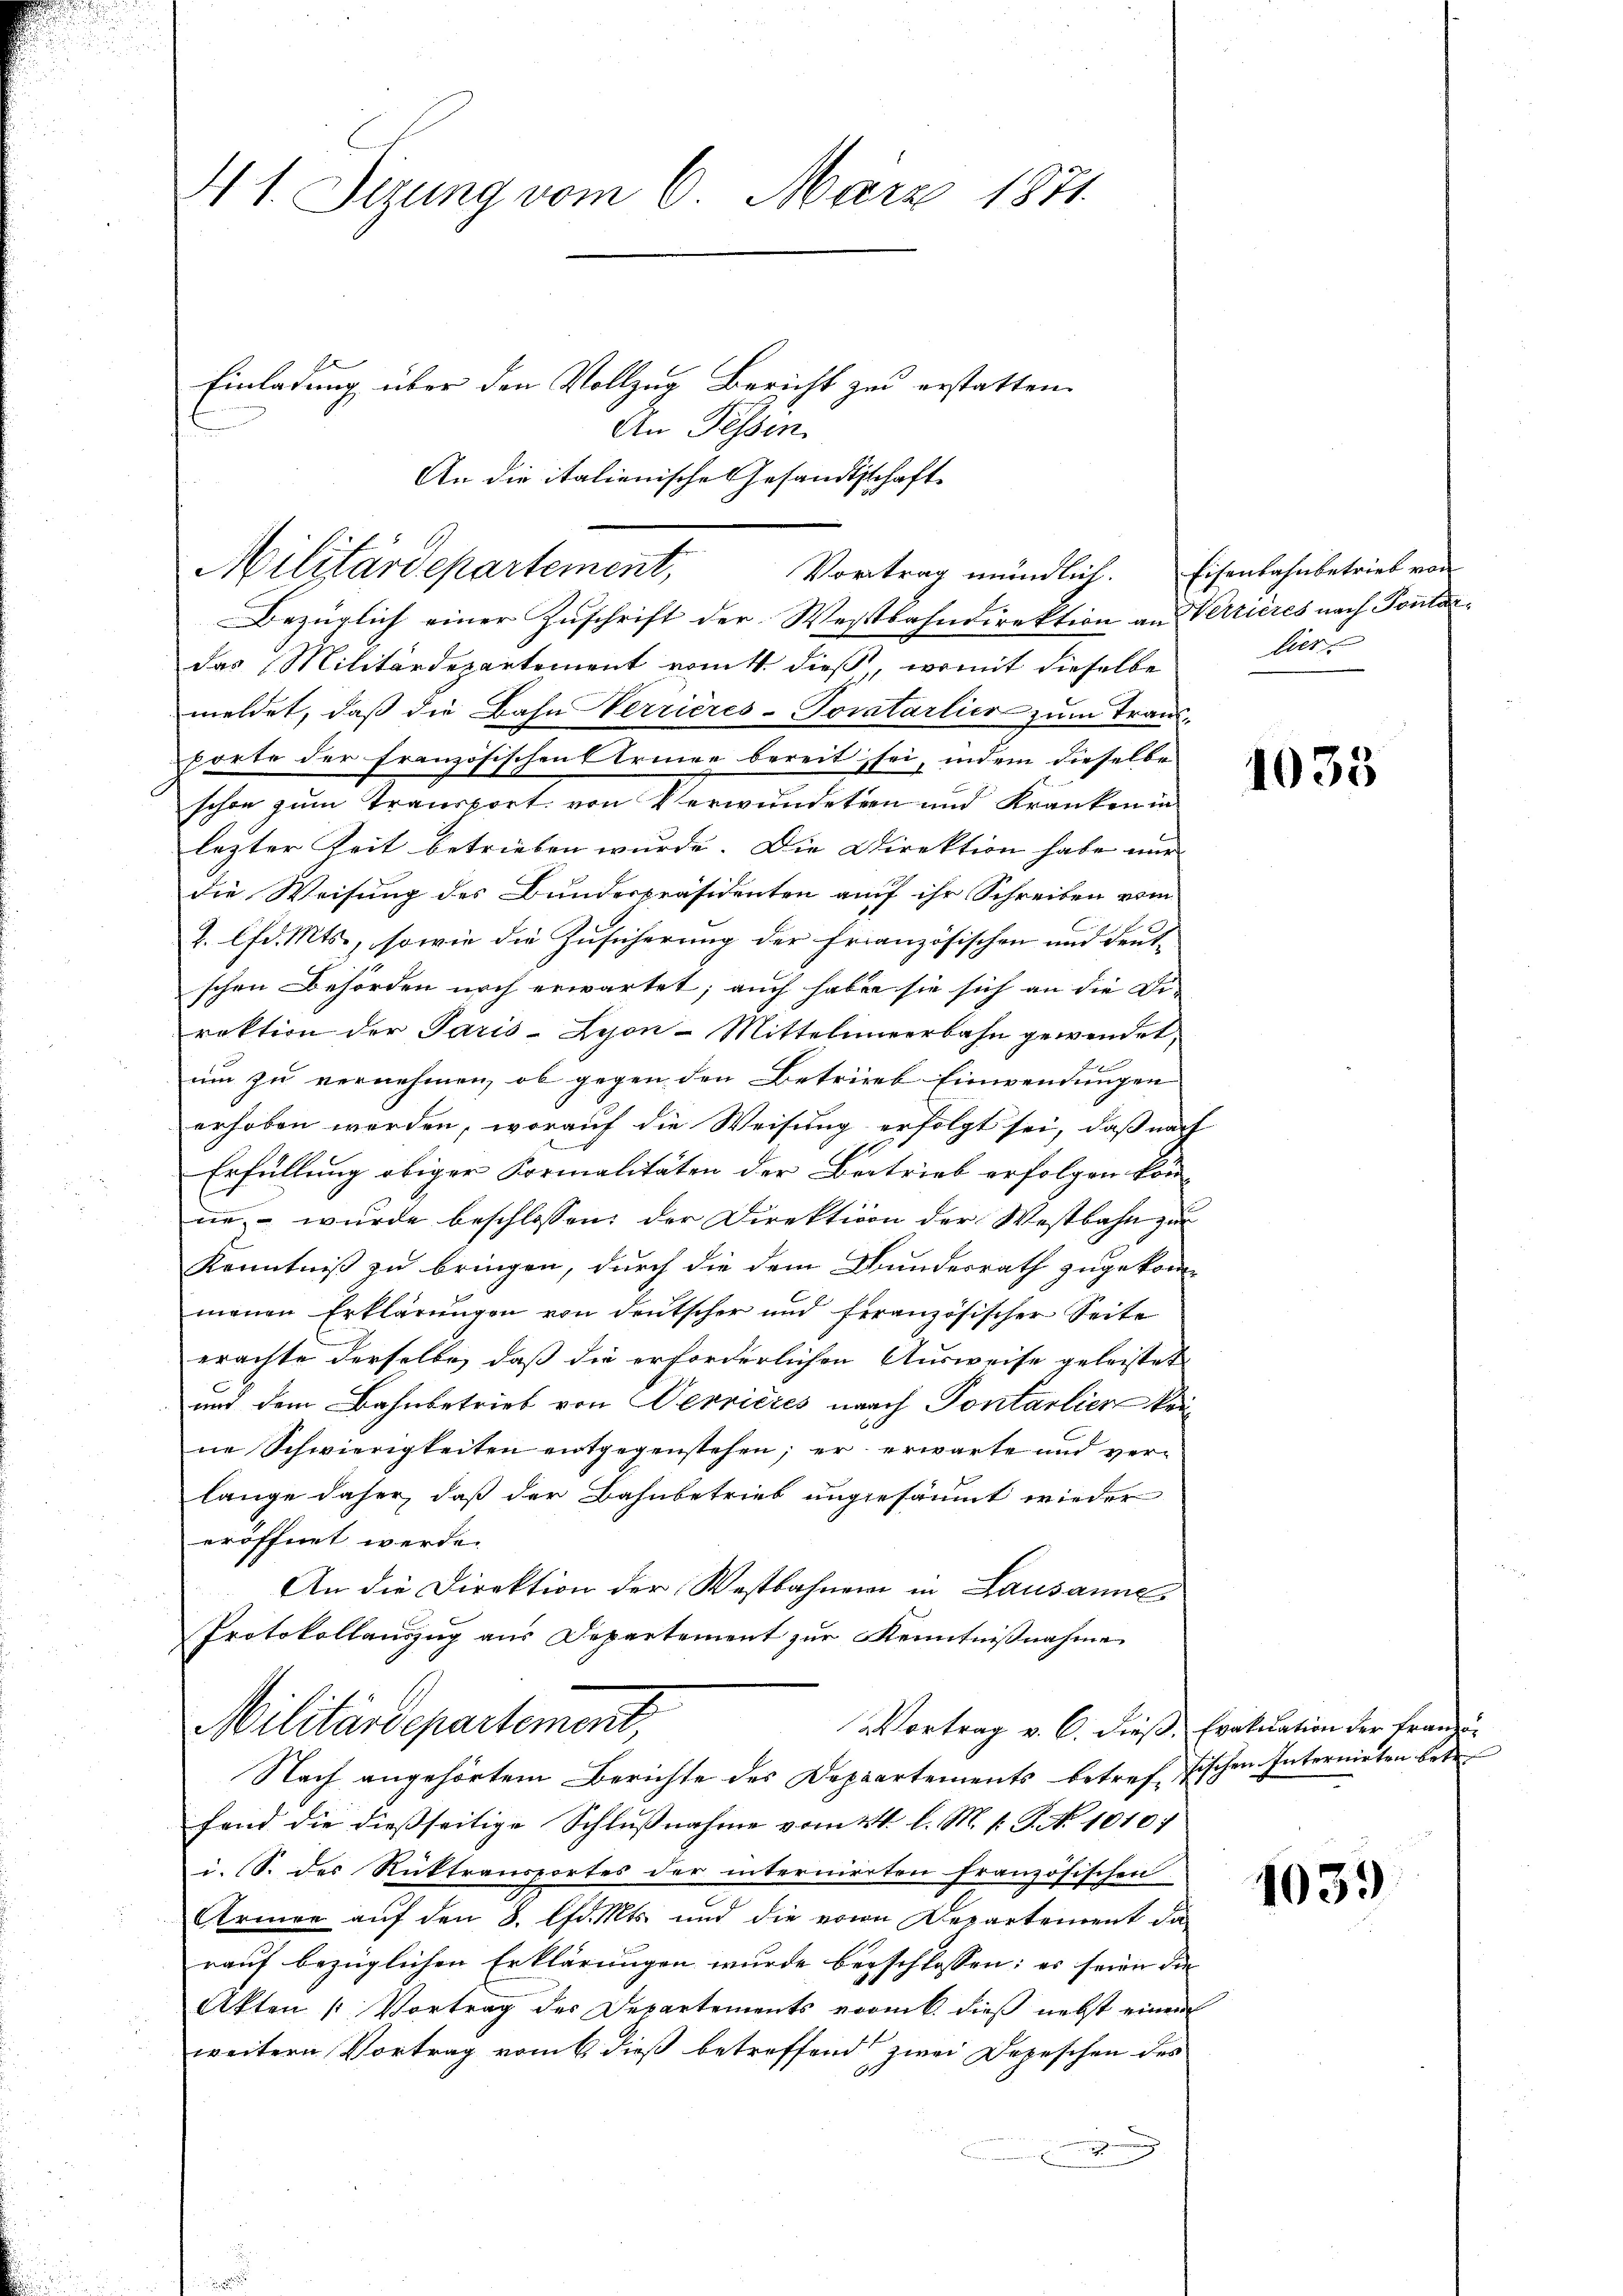
41. Sizung vom 6. März 1871.
Einladung über den Vollzug Bericht zu erstatten.
An Pessen.
An die italienische Gesandtschaft

Militärdepartement,
Vortrag mündlich.
Bezüglich einer Zuschrift der Westbahndirektion an Verrières nach Ponto

das Militärdepartement vom 4. dieß, womit dieselbe
meldet, daß die Bahn Verrieres-Tocatarlier zum Transkorte der Französischen Erinne bereit sei, indem dieselbe
schon zum Transport von Verwundeten und Kranken in
lezter Zeit betrieben wurde. Die Direktion habe nur |
die Weisung des Bundespräsidenten auf ihr Schreiben vom
2. lfd. Mts., sowie die Zusicherung der französischen und deut-
schen Behörden noch erwartet; auch haben sie sich an die Di-
raktion der Paris-Lejon-Mittelmeerbahn gewendet,
um zu vernehmen, ob gegen den Betrieb Einwendungen |
erhoben werden, worauf die Weisung erfolgt sei, daß nach
Erfüllung obiger Formalitäten der Betrieb erfolgen könn
nn wurde beschlossen: der Direktion der Westbahn zur
Kenntniß zu bringen, durch die dem Bundesrath zugekommenen Erklärungen von deutscher und feranzösischer Seite
erachte derselbe, daß die erforderlichen Ausweise geleistet
und dem Bahnbetrieb von Verrieres nach Pontarlier kein
ne Schwierigkeiten entgegenstehen; er erwarte und verlange daher, daß der Bahnbetrieb angesäumt wieder
eröffnet werde.
An die Direktion der Westbahnern in Lausanne
Protokollauszug aus Departement zur Kenntnißnahme
Militärdepartement,
Vortrag v. C. dieß, Evaluation der Franzö¬
Nach angehörtem Berichte des Departements betreffischen Internirten betre
fend die dießseitige Schlußnahme vom 4t. l. M. 1. P. No. 1010/
i. S. des Rücktransportes der internierten französischen
Armee auf den 3. lfd. Mts. und die von Departement da
rauf bezüglichen Erklärungen wurde beschlossen: es seien die
Akten / Vortrag des Departements vom 6. dieß nebst einem
weitern Vortrag vom 6. dieß betreffend zwei Depeschen des
e

Eisenbahnbetrieb von
lier

1035

1039